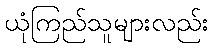
ယုံကြည်သူများလည်း